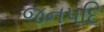
જનપદિ